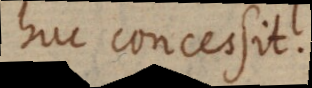
huc concessit.